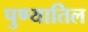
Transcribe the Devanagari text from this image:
पुण्यातिल